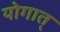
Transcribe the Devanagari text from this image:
योगात्